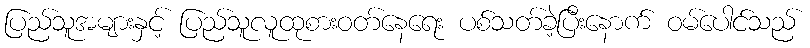
ပြည်သူအများနှင့် ပြည်သူလူထုစားဝတ်နေရေး ပစ်သတ်ခဲ့ပြီးနောက် ဝမ်ပေါင်သည်